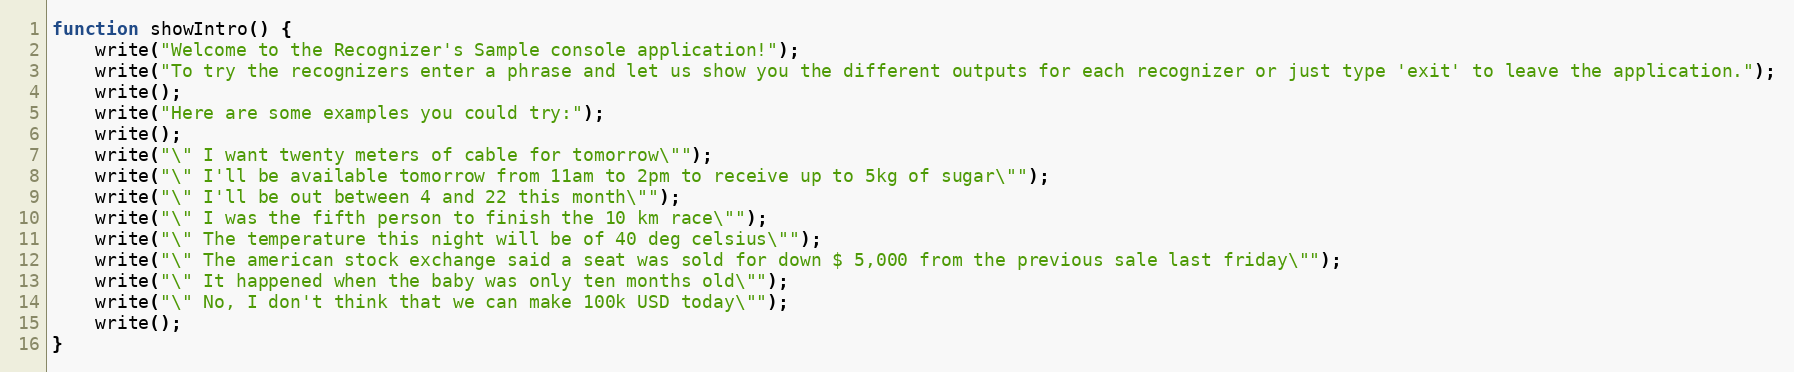
Language: JavaScript
function showIntro() {
    write("Welcome to the Recognizer's Sample console application!");
    write("To try the recognizers enter a phrase and let us show you the different outputs for each recognizer or just type 'exit' to leave the application.");
    write();
    write("Here are some examples you could try:");
    write();
    write("\" I want twenty meters of cable for tomorrow\"");
    write("\" I'll be available tomorrow from 11am to 2pm to receive up to 5kg of sugar\"");
    write("\" I'll be out between 4 and 22 this month\"");
    write("\" I was the fifth person to finish the 10 km race\"");
    write("\" The temperature this night will be of 40 deg celsius\"");
    write("\" The american stock exchange said a seat was sold for down $ 5,000 from the previous sale last friday\"");
    write("\" It happened when the baby was only ten months old\"");
    write("\" No, I don't think that we can make 100k USD today\"");
    write();
}